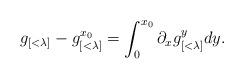
LaTeX: \begin{align*}g_{[<\lambda]}- g_{[<\lambda]}^{x_0} = \int_{0}^{x_0} \partial_x g_{[<\lambda]}^y dy.\end{align*}